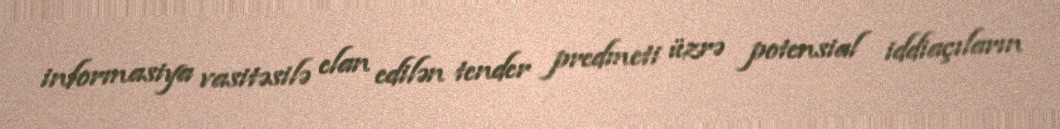
informasiya vasitəsilə elan edilən tender predmeti üzrə potensial iddiaçıların